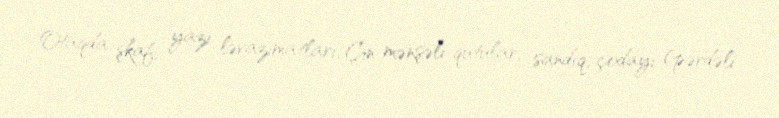
Otaqda şkaf, yazı ləvazimatları, Çin mənşəli qutular, sandıq, çodayı (pərdəli